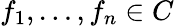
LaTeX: f_{1},\dots,f_{n}\in C